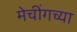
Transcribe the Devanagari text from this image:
मेचींगच्या